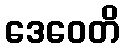
ဒေဝေတိ